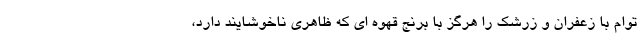
توام با زعفران و زرشک را هرگز با برنج قهوه ای که ظاهری ناخوشایند دارد،